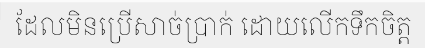
ដែលមិនប្រើសាច់ប្រាក់ ដោយលើកទឹកចិត្ត